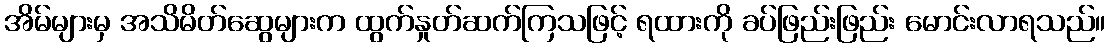
အိမ်များမှ အသိမိတ်ဆွေများက ထွက်နှုတ်ဆက်ကြသဖြင့် ရထားကို ခပ်ဖြည်းဖြည်း မောင်းလာရသည်။